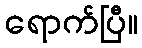
ရောက်ပြီ။